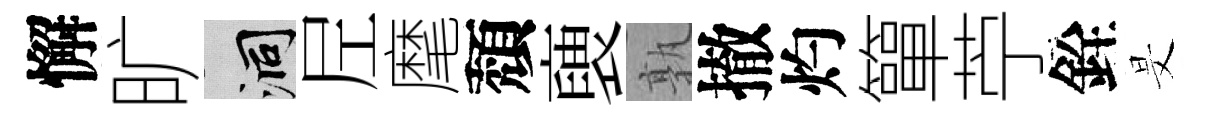
懈旷洞𡰱麾頽褏孰撤灼簞苧銓旻